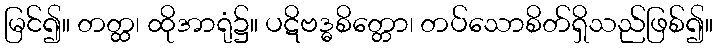
မြင်၍။ တတ္ထ၊ ထိုအာရုံ၌။ ပဋိဗဒ္ဓစိတ္တော၊ တပ်သောစိတ်ရှိသည်ဖြစ်၍။